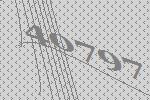
40797